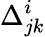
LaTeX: \Delta_{jk}^{i}